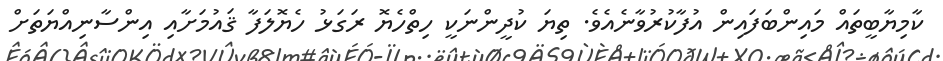
ކާމިޔާބީތައް މައިންބަފައިން އުފާކުރުވާނެއެވެ. ތިޔަ ކުދީންނަކީ ހިތްހެޔޮ ރަގަޅު ހެޔޮލަފާ ޤައުމަށާއި އިންސާނިއްޔަތަށް